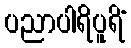
ပညာပါရိပူရိံ